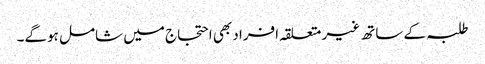
طلبہ کے ساتھ غیر متعلقہ افراد بھی احتجاج میں شامل ہوگے۔